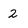
Character: 2